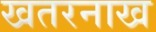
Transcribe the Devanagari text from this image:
खतरनाख